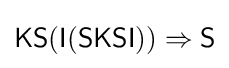
{\mathsf {KS(I(SKSI))}}\Rightarrow {\mathsf {S}}